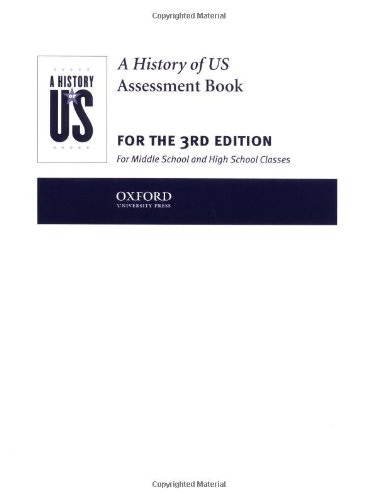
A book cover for A History of US: Assesment Books 1-10: Assessment Book: Books 1-10; Joy Hakim; Teen & Young Adult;